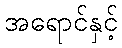
အရောင်နှင့်